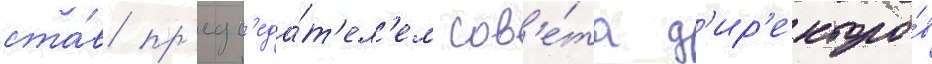
ста́в пр'едс'еда́т'ел'ем сов'е́та д'ир'екторо́в